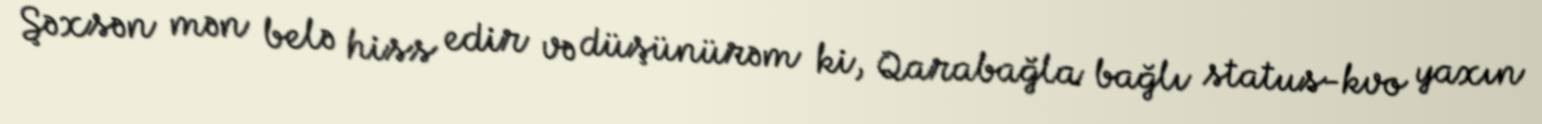
Şəxsən mən belə hiss edir və düşünürəm ki, Qarabağla bağlı status-kvo yaxın